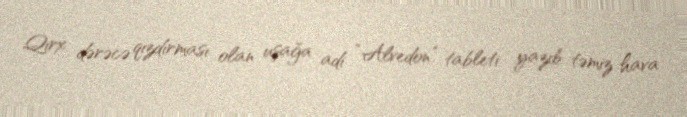
Qırx dərəcə qızdırması olan uşağa adi “Alvedon” tableti yazıb təmiz hava